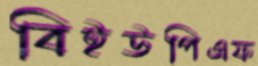
বিইউপিএফ